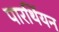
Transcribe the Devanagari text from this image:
पारर्थियन